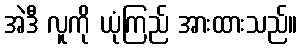
အဲဒီ လူကို ယုံကြည် အားထားသည်။